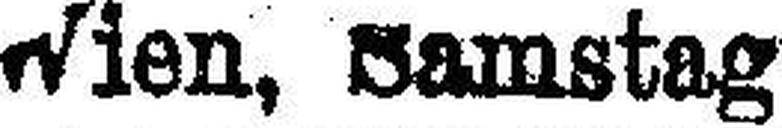
Wien, Samstag